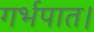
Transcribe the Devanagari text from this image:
गर्भपात।